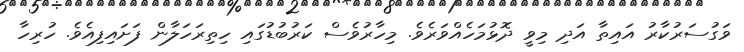
ވަގުސަރުކާރު އައިތާ އަދި މިވީ ދޮޅުމަހެއްވަރެވެ. މިހާރުވެސް ކަރުބުޑުގައި ހިތިރަހަލާން ފަށައިފިއެވެ. ހުރިހާ